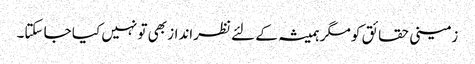
زمینی حقائق کو مگر ہمیشہ کے لئے نظرانداز بھی تو نہیں کیا جا سکتا۔